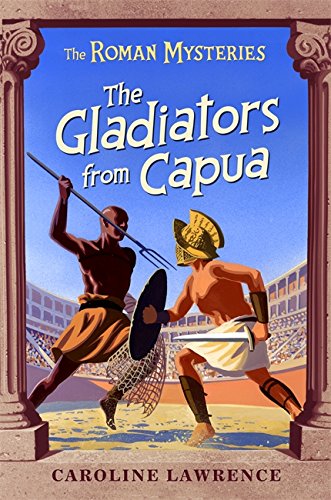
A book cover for The Gladiators from Capua (The Roman Mysteries) (Vol 8); Caroline Lawrence; Teen & Young Adult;